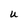
Character: U